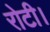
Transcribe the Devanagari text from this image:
रोटी।